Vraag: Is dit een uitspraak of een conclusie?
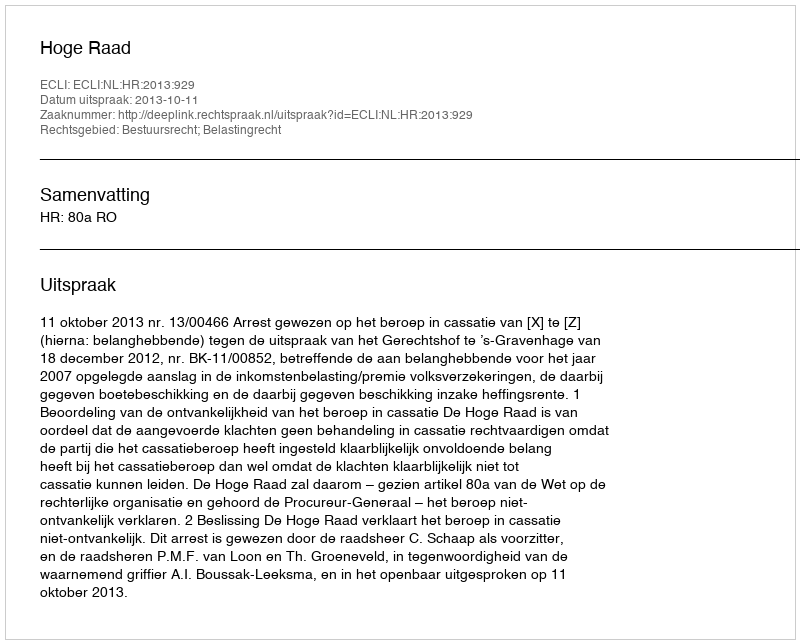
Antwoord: Uitspraak